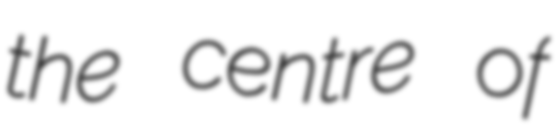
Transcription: the centre of